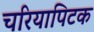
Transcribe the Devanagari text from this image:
चरियापिटक